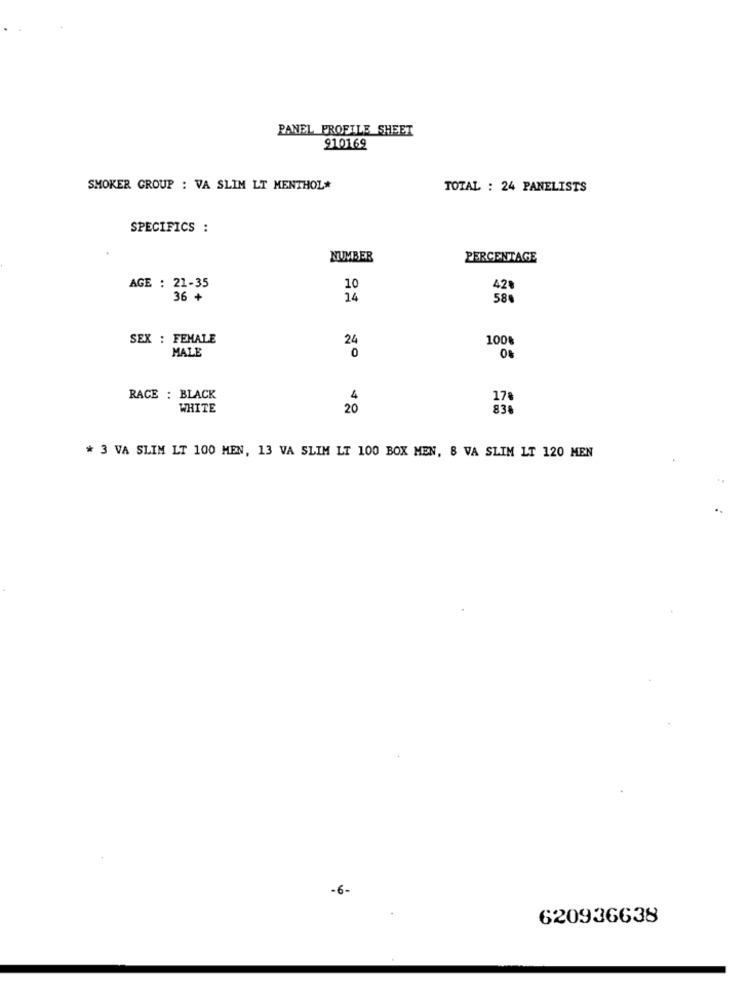
PANEL PROFILE SHEET
910169
SMOKER GROUP : VA SLIM LT MENTHOL*
TOTAL : 24 PANELISTS
SPECIFICS :
NUMBER
PERCENTAGE
AGE : 21-35
10
42
36 +
24
58%
SEX : FEMALE
24
100%
MALE
0
0
RACE : BLACK
17%
WHITE
83
* 3 VA SLIM LT 100 MEN, 13 VA SLIM LT 100 BOX MEN, 8 VA SLIM LT 120 MEN
-6-
620936638